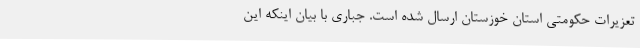
تعزیرات حکومتی استان خوزستان ارسال شده است. جباری با بیان اینکه این